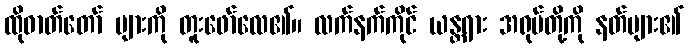
ထိုဓာတ်တော် များကို တူးဖော်လေ၏။ လက်နက်ကိုင် ယန္တရား အရုပ်တို့ကို နတ်များ၏